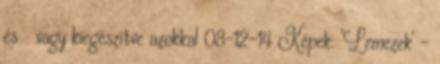
és vagy kiegészítve azokkal 08-12-14 Képek: 'Lemezek' -